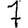
Digit: 7